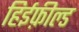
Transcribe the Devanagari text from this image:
हिईफ़ील्ड